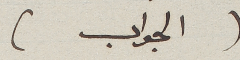
(الجواب)